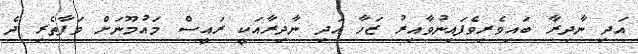
އަދި ނާދިރާ ބައިވެރިވެފައިނުވާއިރު ޒަހާ އަދި ނާދިރާއަކީ ރައީސް މައުމޫނަށް ވަފާތެރި ދެ